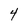
Character: 4